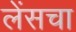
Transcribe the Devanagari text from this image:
लेंसचा